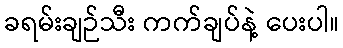
ခရမ်းချဉ်သီး ကက်ချပ်နဲ့ ပေးပါ။